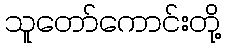
သူတော်ကောင်းတို့